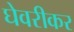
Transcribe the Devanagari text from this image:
घेवरीकर